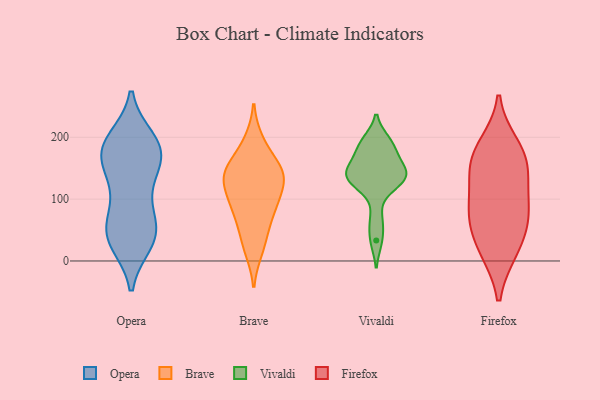
{"axis": {"x": "Headcount", "y": "Value"}, "legend": ["Brave", "Firefox", "Opera", "Vivaldi"], "data": [{"x": "", "y": 187, "type": "Opera"}, {"x": "", "y": 140, "type": "Opera"}, {"x": "", "y": 196, "type": "Opera"}, {"x": "", "y": 178, "type": "Opera"}, {"x": "", "y": 36, "type": "Opera"}, {"x": "", "y": 142, "type": "Opera"}, {"x": "", "y": 77, "type": "Opera"}, {"x": "", "y": 108, "type": "Opera"}, {"x": "", "y": 187, "type": "Opera"}, {"x": "", "y": 180, "type": "Opera"}, {"x": "", "y": 161, "type": "Opera"}, {"x": "", "y": 182, "type": "Opera"}, {"x": "", "y": 45, "type": "Opera"}, {"x": "", "y": 60, "type": "Opera"}, {"x": "", "y": 30, "type": "Opera"}, {"x": "", "y": 45, "type": "Opera"}, {"x": "", "y": 35, "type": "Opera"}, {"x": "", "y": 97, "type": "Brave"}, {"x": "", "y": 130, "type": "Brave"}, {"x": "", "y": 134, "type": "Brave"}, {"x": "", "y": 45, "type": "Brave"}, {"x": "", "y": 18, "type": "Brave"}, {"x": "", "y": 140, "type": "Brave"}, {"x": "", "y": 143, "type": "Brave"}, {"x": "", "y": 194, "type": "Brave"}, {"x": "", "y": 77, "type": "Brave"}, {"x": "", "y": 93, "type": "Brave"}, {"x": "", "y": 160, "type": "Brave"}, {"x": "", "y": 138, "type": "Vivaldi"}, {"x": "", "y": 159, "type": "Vivaldi"}, {"x": "", "y": 146, "type": "Vivaldi"}, {"x": "", "y": 33, "type": "Vivaldi"}, {"x": "", "y": 138, "type": "Vivaldi"}, {"x": "", "y": 189, "type": "Vivaldi"}, {"x": "", "y": 124, "type": "Vivaldi"}, {"x": "", "y": 181, "type": "Vivaldi"}, {"x": "", "y": 142, "type": "Vivaldi"}, {"x": "", "y": 125, "type": "Vivaldi"}, {"x": "", "y": 67, "type": "Vivaldi"}, {"x": "", "y": 193, "type": "Vivaldi"}, {"x": "", "y": 18, "type": "Firefox"}, {"x": "", "y": 171, "type": "Firefox"}, {"x": "", "y": 147, "type": "Firefox"}, {"x": "", "y": 18, "type": "Firefox"}, {"x": "", "y": 157, "type": "Firefox"}, {"x": "", "y": 76, "type": "Firefox"}, {"x": "", "y": 71, "type": "Firefox"}, {"x": "", "y": 112, "type": "Firefox"}, {"x": "", "y": 71, "type": "Firefox"}, {"x": "", "y": 186, "type": "Firefox"}]}